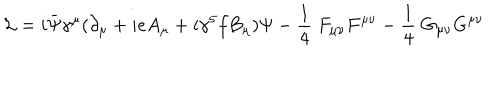
{ \cal L } = i \bar { \Psi } \gamma ^ { \mu } ( \partial _ { \mu } + i e A _ { \mu } + i \gamma ^ { 5 } f B _ { \mu } ) \Psi - { \frac { 1 } { 4 } } \; F _ { \mu \nu } F ^ { \mu \nu } - { \frac { 1 } { 4 } } \; G _ { \mu \nu } G ^ { \mu \nu }